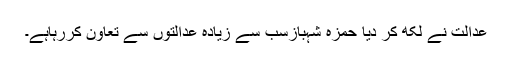
عدالت نے لکھ کر دیا حمزہ شہبازسب سے زیادہ عدالتوں سے تعاون کررہاہے۔